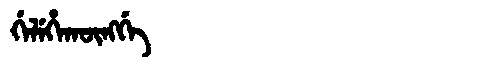
Manchu: ᡤᡝᠯᡝᡥᠠᡴᡡᠩᡤᡝ
Romanization: GELEHAKŪNGGE